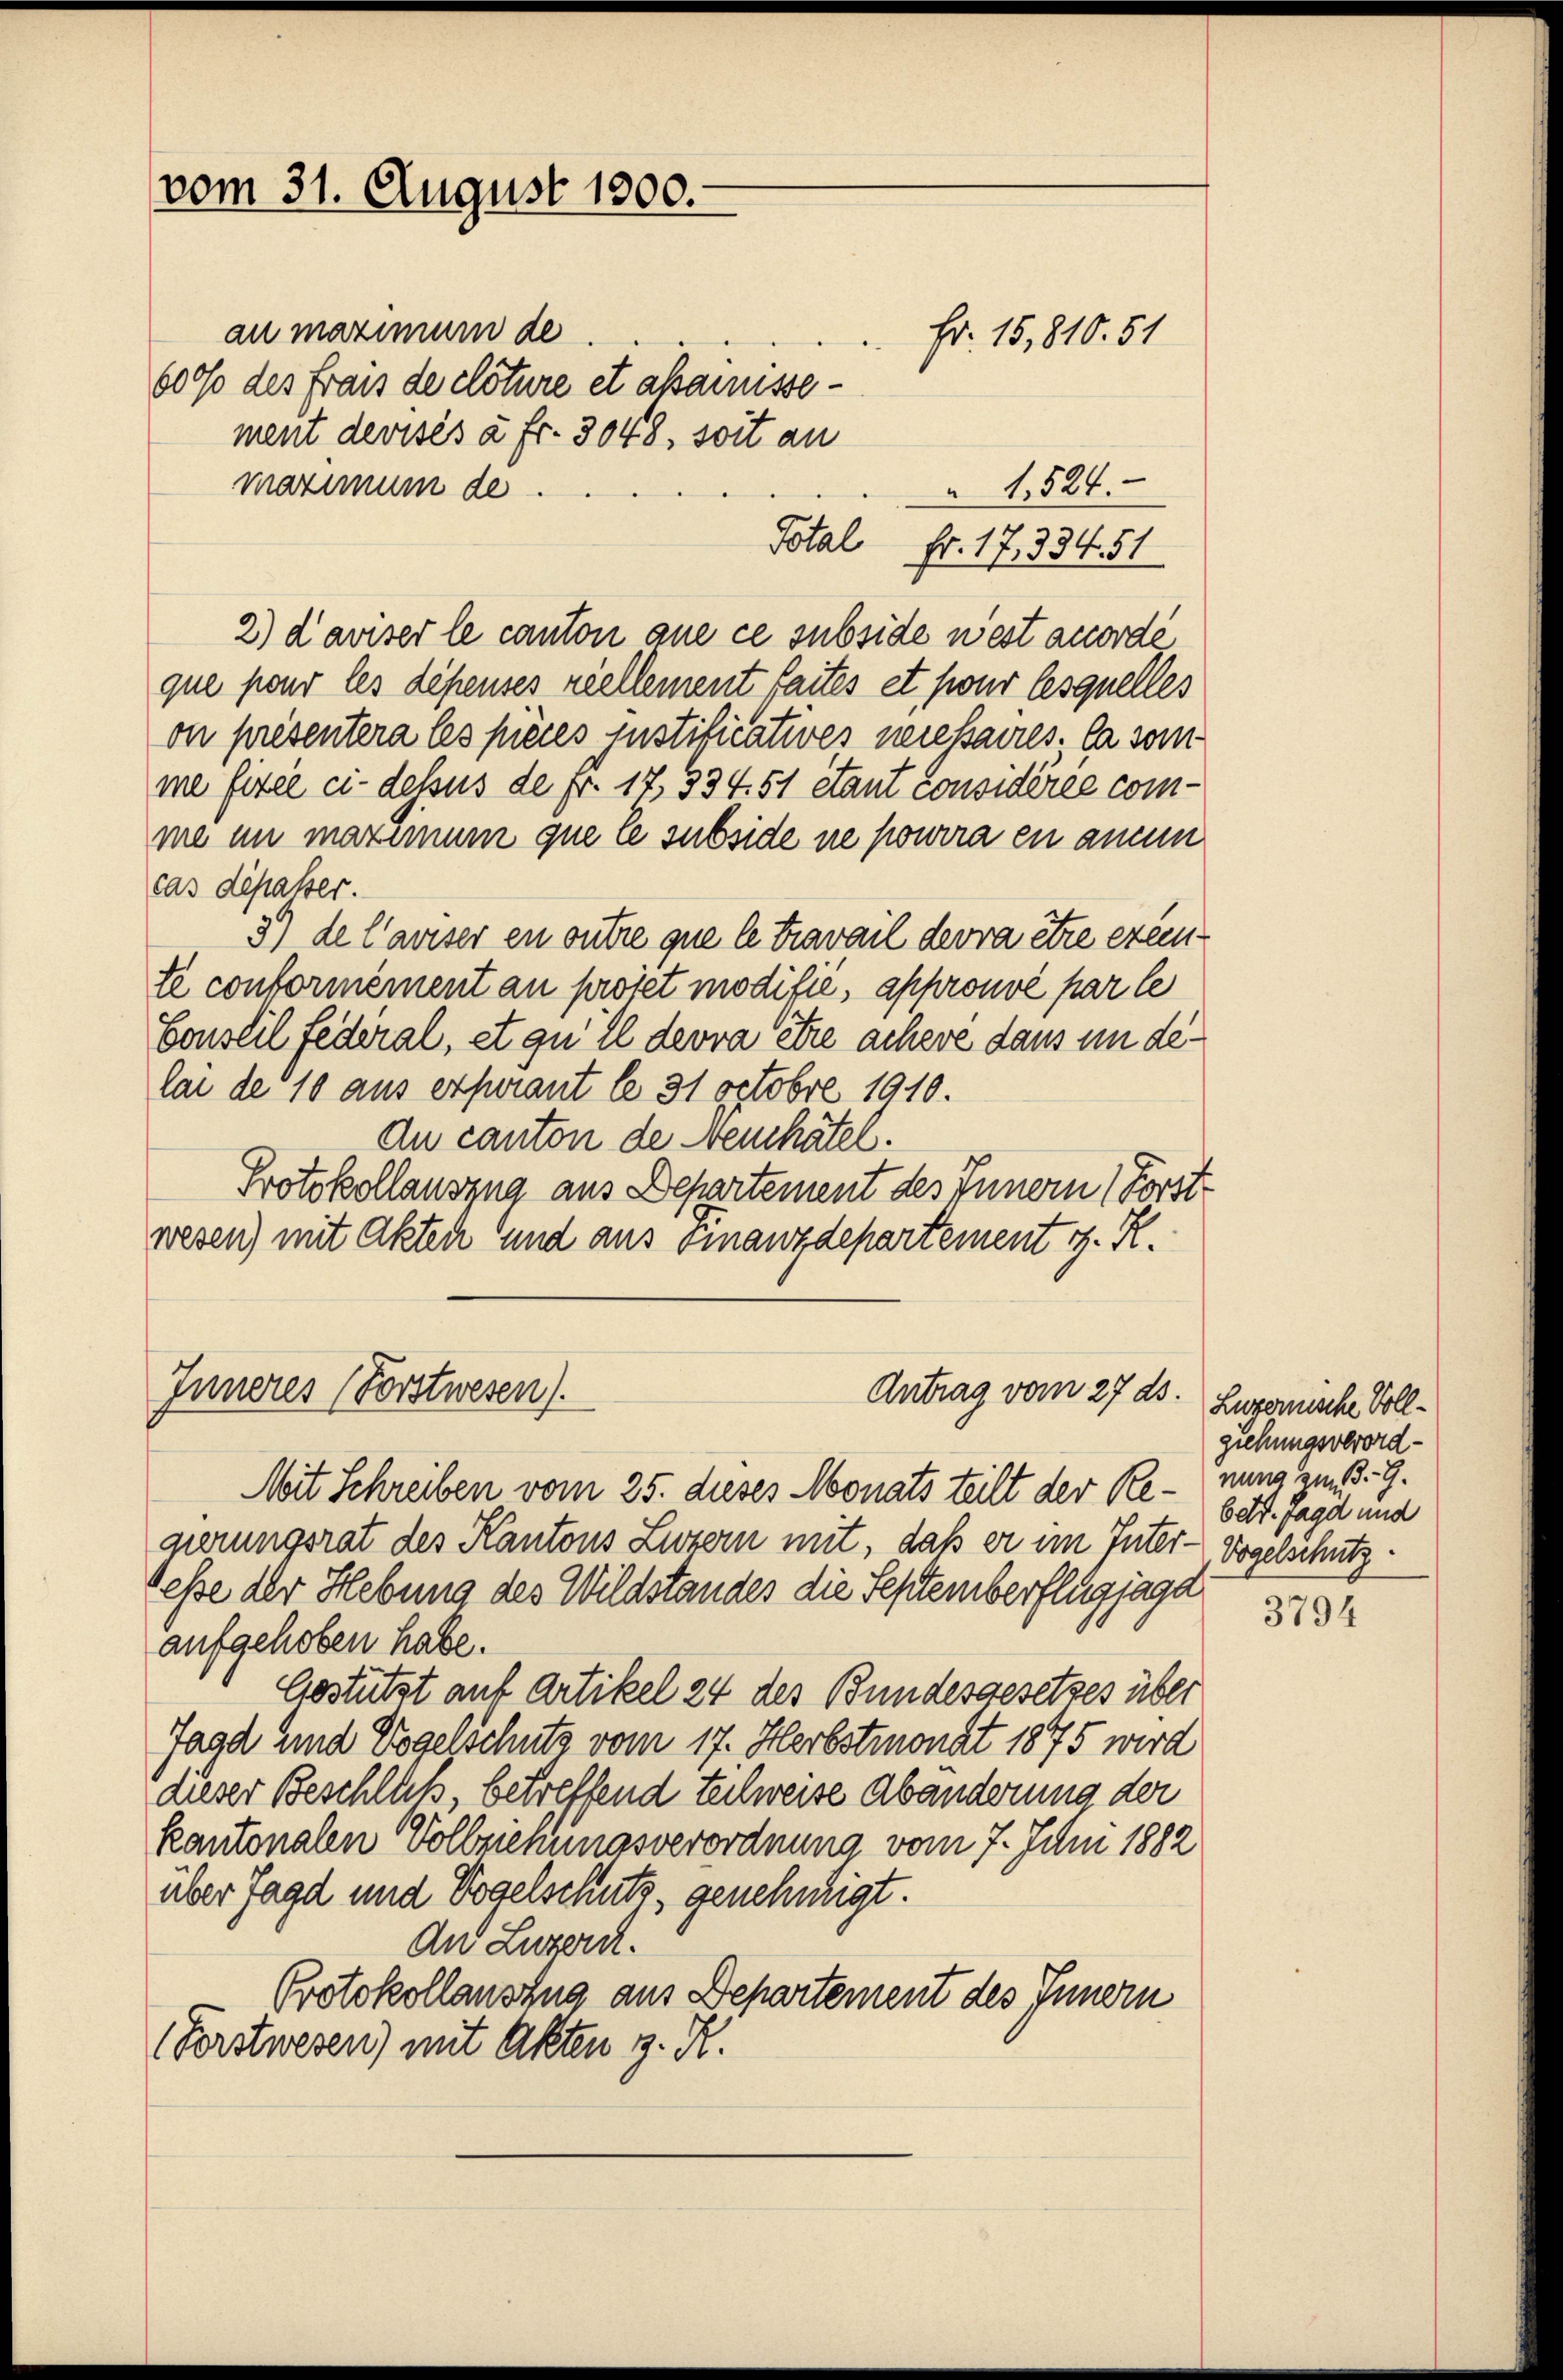
vom 31. August 1800.

au maximum de
6000 des Fraus de clôture et abarissement devisés à fr. 3048, soit an
maximum de
1524.
Total
Fr. 17, 334. 51
2) dariser le canton que ce subside west accordé
que pour les dépenses ziellement faites et pour lesquelles
on présentera les pièces instificatives neressaires. la som
me fixée ci-dessus de fr. 17, 334. 51 étant considérée comme in martinum que le subside ne pourra en annen
cas dépasser.
3) de l’aviser en outre que le travail devra être exemte conformément au projet modifié, approuvé par le
Conseil federal, et qu’il devra être achere dans in delai de 10 aus erfuerant le 31 Octobre 1910.
Au canton de Neuchâtel.
Protokollauszug aus Departement des Innern (Forst
wesen) mit Akten und aus einanzdepartement z. R.

Inneres (Forstwesen).

Fr. 15,810. 51

Antrag vom 27. ds.

Mit Schreiben vom 25. dieses Monats teilt der Re-nung zu, d. G.
gierungsrat des Kantons Luzern mit, daß er im Inter-Vogelschutzteße der Hebung des Wildstandes die Septemberflügjagd
aufgehoben habe.
Gestützt auf Artikel 24 des Bundesgesetzes über
Jaad und Vogelschutz vom 17. Herbstmonat 1875 wird
dieser Beschluß, betreffend teilweise abänderung der
kantonalen Vollziehungsverordnung vom 7. Juni 1882
über Jagd und Vogelschutz genehmigt.
An Luzern.
Protokollauszug aus Departement des Innern
(Forstwesen) mit Akten z. R.

Lugemische Vollziehungsverordbett. Jagd und

3794